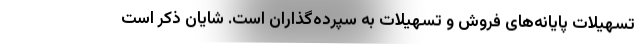
تسهیلات پایانه‌های فروش و تسهیلات به سپرده‌گذاران است. شایان ذکر است